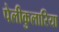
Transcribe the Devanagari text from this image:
पेलीकुलारिया